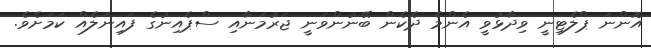
އޮންނަ ޕްލެޓިނީ ވިދާޅުވީ އެންމެ ދެކެން ބޭނުންވަނީ ޖަރުމަނާއި ސްޕެއިނުގެ ފައިނަލެއް ކަމަށެވެ.